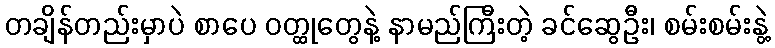
တချိန်တည်းမှာပဲ စာပေ ဝတ္ထုတွေနဲ့ နာမည်ကြီးတဲ့ ခင်ဆွေဦး၊ စမ်းစမ်းနွဲ့